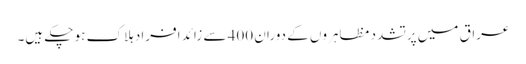
عراق میں پرتشدد مظاہروں کے دوران 400 سے زائد افراد ہلاک ہو چکے ہیں۔